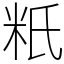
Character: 䉻